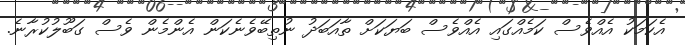
އެކަމަކު އެއްވެސް ކަމެއްގައި އެއްވެސް ބަޔަކަށް ތާއަބަދު ނުތިބޭވެނެކަން އެންމެން ވެސް ގަބޫލުކުރާނެ.